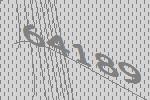
64189